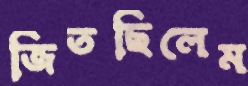
জিতছিলেম